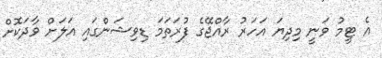
އެ ޓީމު ވަނީ މިދިޔަ އަހަރު ރާއްޖޭގެ ފުރަތަމަ ޑިވިޝަންގައި އަލަށް ވާދަކޮށް